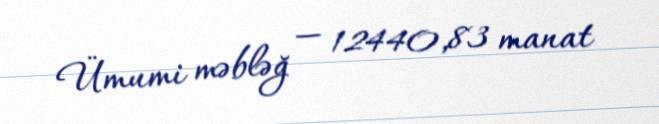
Ümumi məbləğ — 12440,83 manat